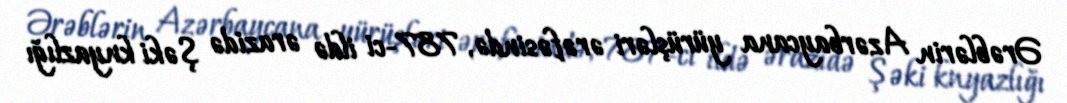
Ərəblərin Azərbaycana yürüşləri ərəfəsində, 787-ci ildə ərazidə Şəki knyazlığı